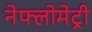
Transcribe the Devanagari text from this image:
नेफ्लोमेट्री